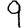
Digit: 9